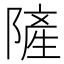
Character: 隡